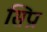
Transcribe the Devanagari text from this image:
सिप्रा